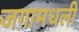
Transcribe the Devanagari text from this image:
जगामधली